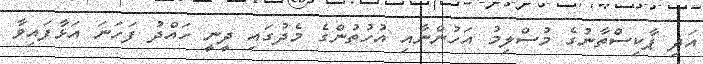
އަދި ޕާކިސްތާނުގެ މުސްލިމު އަހުންނާއި އުހުތުންގެ މެދުގައި ދީނީ ހައްދު ފަހަނަ އަޅާފައިވާ